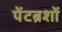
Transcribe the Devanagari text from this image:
पेंटब्रशों